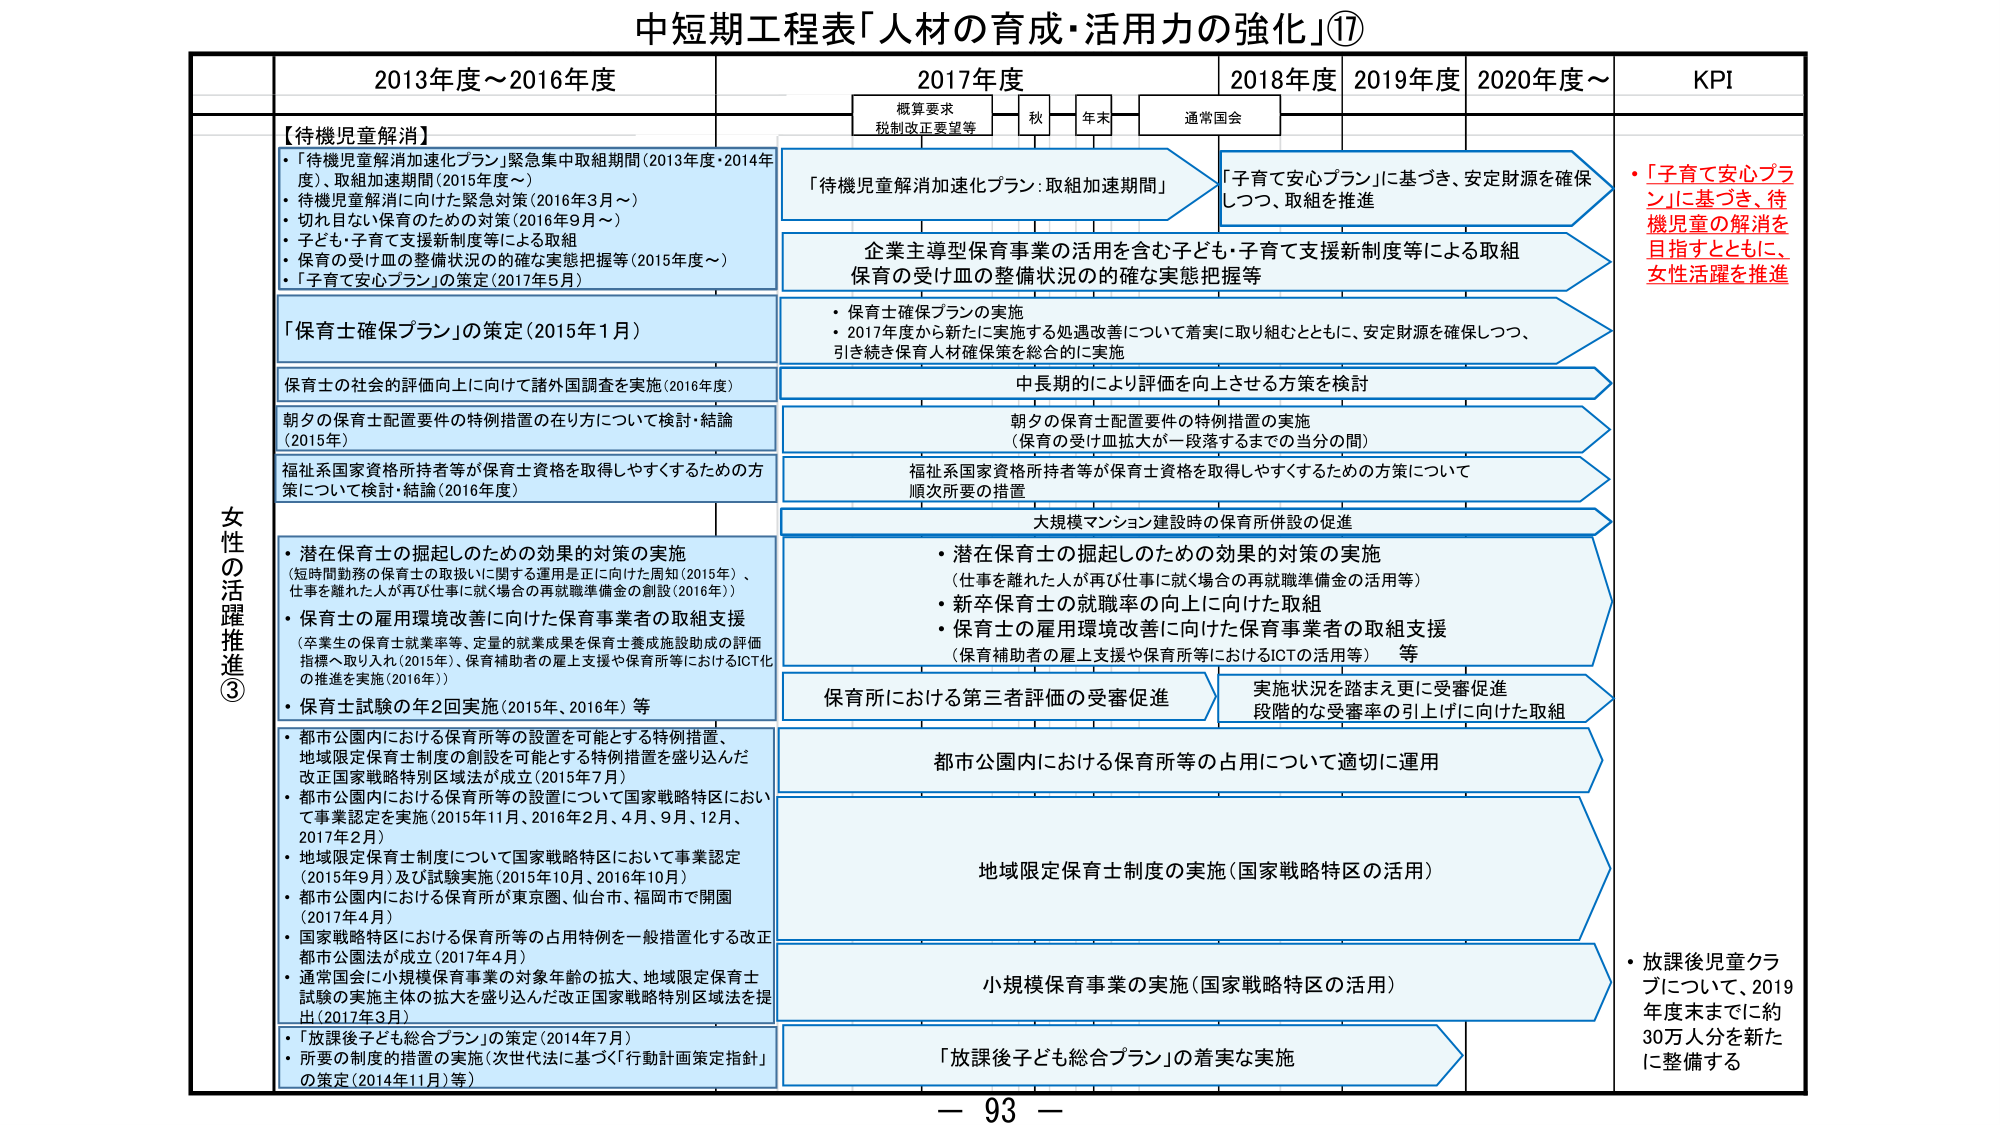
中短期工程表「人材の育成・活用力の強化」⑰

女性の活躍推進③

2013年度～2016年度

【待機児童解消】
・「待機児童解消加速化プラン」緊急集中取組期間（2013年度・2014年度）、取組加速期間（2015年度～）
・待機児童解消に向けた緊急対策（2016年3月～）
・切れ目ない保育のための対策（2016年9月～）
・子ども・子育て支援新制度等による取組
・保育の受け皿の整備状況の的確な実態把握等（2015年度～）
・「子育て安心プラン」の策定（2017年5月）

「保育士確保プラン」の策定（2015年1月）

保育士の社会的評価向上に向けて諸外国調査を実施（2016年度）

朝夕の保育士配置要件の特例措置の在り方について検討・結論（2015年）

福祉系国家資格所持者等が保育士資格を取得しやすくするための方策について検討・結論（2016年度）

・潜在保育士の掘起しのための効果的対策の実施
（短時間勤務の保育士の取扱いに関する運用是正に向けた周知（2015年）、仕事を離れた人が再び仕事に就く場合の再就職準備金の創設（2016年））
・保育士の雇用環境改善に向けた保育事業者の取組支援
（卒業生の保育士就業率等、定量的就業成果を保育士養成施設達成の評価指標へ取り入れ（2015年）、保育補助者の雇上支援や保育所等におけるICT化の推進を実施（2016年））
・保育士試験の年2回実施（2015年、2016年）等

・都市公園内における保育所等の設置を可能とする特例措置、地域限定保育士制度の創設を可能とする特例措置を盛り込んだ改正国家戦略特別区域法が成立（2015年7月）
・都市公園内における保育所等の設置について国家戦略特区において事業認定を実施（2015年11月、2016年2月、4月、9月、12月、2017年2月）
・地域限定保育士制度について国家戦略特区において事業認定（2015年9月）及び試験実施（2015年10月、2016年10月）
・都市公園内における保育所が東京圏、仙台市、福岡市で開園（2017年4月）
・国家戦略特区における保育所等の占用特例を一般措置化する改正都市公園法が成立（2017年4月）
・通常国会に小規模保育事業の対象年齢の拡大、地域限定保育士試験の実施主体の拡大を盛り込んだ改正国家戦略特別区域法を提出（2017年3月）

・「放課後子ども総合プラン」の策定（2014年7月）
・所要の制度的措置の実施（次世代法に基づく「行動計画策定指針」の策定（2014年11月）等）

2017年度

概算要求
税制改正要望等

秋

年末

通常国会

「待機児童解消加速化プラン：取組加速期間」

企業主導型保育事業の活用を含む子ども・子育て支援新制度等による取組
保育の受け皿の整備状況の的確な実態把握等

・保育士確保プランの実施
・2017年度から新たに実施する処遇改善について着実に取り組むとともに、安定財源を確保しつつ、引き続き保育人材確保策を総合的に実施

中長期的により評価を向上させる方策を検討

朝夕の保育士配置要件の特例措置の実施
（保育の受け皿拡大が一段落するまでの当分の間）

福祉系国家資格所持者等が保育士資格を取得しやすくするための方策について
順次所要の措置

大規模マンション建設時の保育所併設の促進

・潜在保育士の掘起しのための効果的対策の実施
（仕事を離れた人が再び仕事に就く場合の再就職準備金の活用等）
・新卒保育士の就職率の向上に向けた取組
・保育士の雇用環境改善に向けた保育事業者の取組支援
（保育補助者の雇上支援や保育所等におけるICTの活用等）等

保育所における第三者評価の受審促進

実施状況を踏まえ更に受審促進
段階的な受審率の引上げに向けた取組

都市公園内における保育所等の占用について適切に運用

地域限定保育士制度の実施（国家戦略特区の活用）

小規模保育事業の実施（国家戦略特区の活用）

「放課後子ども総合プラン」の着実な実施

2018年度

2019年度

2020年度～

KPI

・「子育て安心プラン」に基づき、安定財源を確保しつつ、取組を推進

・「子育て安心プラン」に基づき、待機児童の解消を目指すとともに、女性活躍を推進

・放課後児童クラブについて、2019年度末までに約30万人分を新たに整備する

－ 93 －